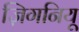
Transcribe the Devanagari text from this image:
ज़िगनियू